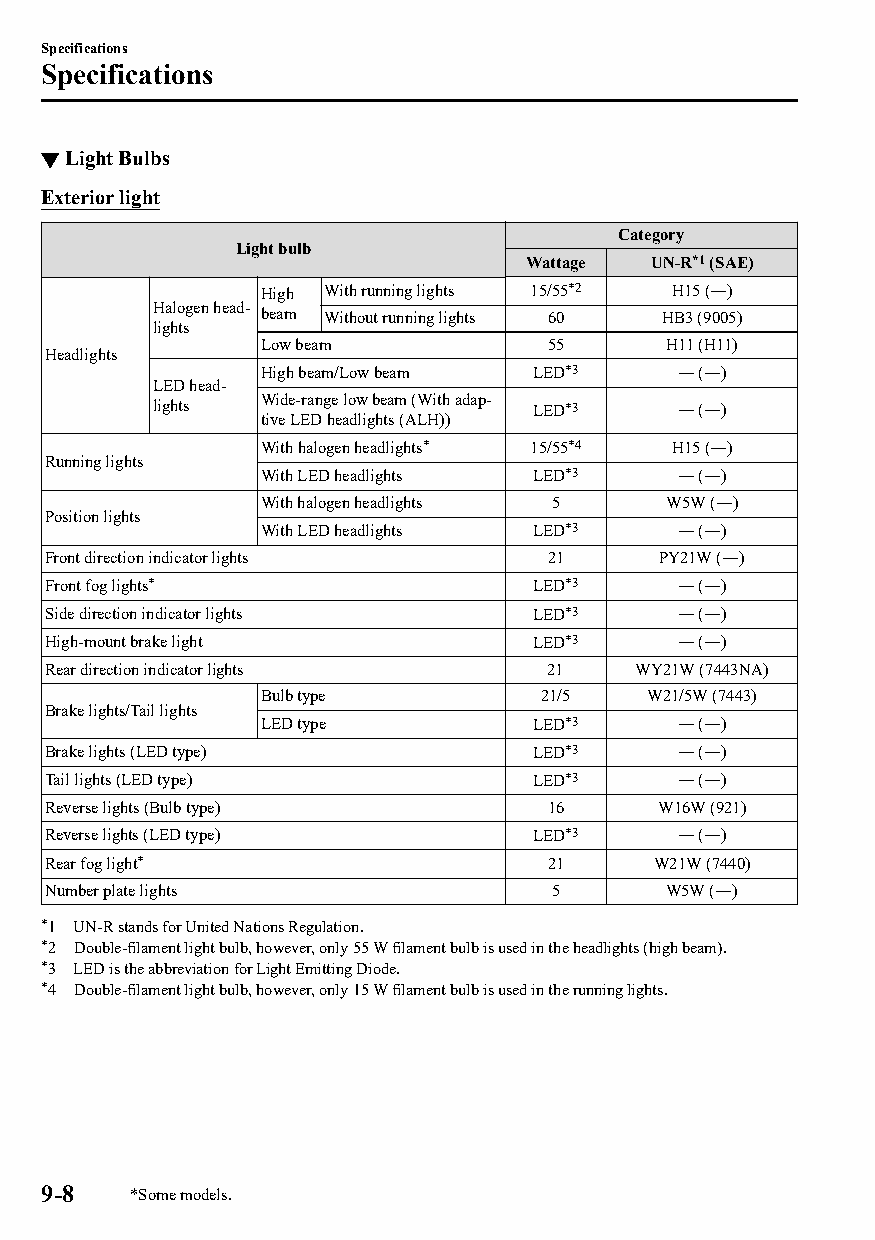
Specifications
 Specifications
 ▼Light Bulbs
 Exterior light
 Category
 Light bulb
 Wattage UN-R*1 (SAE)
 High With running lights 15/55*2 H15 (―)
 Halogen head‐
 beam Without running lights 60 HB3 (9005)
 lights
 Low beam           55      H11 (H11)
 Headlights
 High beam/Low beam LED*3    ― (―)
 LED head‐
 lights Wide-range low beam (With adap‐ LED*3 ― (―)
 tive LED headlights (ALH))
 With halogen headlights* 15/55*4 H15 (―)
 Running lights
 With LED headlights LED*3   ― (―)
 With halogen headlights 5  W5W (―)
 Position lights
 With LED headlights LED*3   ― (―)
 Front direction indicator lights 21     PY21W (―)
 Front fog lights*               LED*3     ― (―)
 Side direction indicator lights LED*3     ― (―)
 High-mount brake light          LED*3     ― (―)
 Rear direction indicator lights  21    WY21W (7443NA)
 Bulb type          21/5   W21/5W (7443)
 Brake lights/Tail lights
 LED type          LED*3     ― (―)
 Brake lights (LED type)         LED*3     ― (―)
 Tail lights (LED type)          LED*3     ― (―)
 Reverse lights (Bulb type)       16     W16W (921)
 Reverse lights (LED type)       LED*3     ― (―)
 Rear fog light*                  21     W21W (7440)
 Number plate lights              5       W5W (―)
 *1 UN-R stands for United Nations Regulation.
 *2 Double-filament light bulb, however, only 55 W filament bulb is used in the headlights (high beam).
 *3 LED is the abbreviation for Light Emitting Diode.
 *4 Double-filament light bulb, however, only 15 W filament bulb is used in the running lights.
 9-8   *Some models.
 CX-3_8GT4-EE-18D_Edition4                  2018-9-6 18:32:19